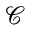
\mathscr { C }